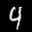
Label: 4